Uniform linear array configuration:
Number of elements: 24
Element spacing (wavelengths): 0.5
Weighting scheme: binomial
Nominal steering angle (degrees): -15
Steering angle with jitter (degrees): -13.585
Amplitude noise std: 0.05
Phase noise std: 0.05

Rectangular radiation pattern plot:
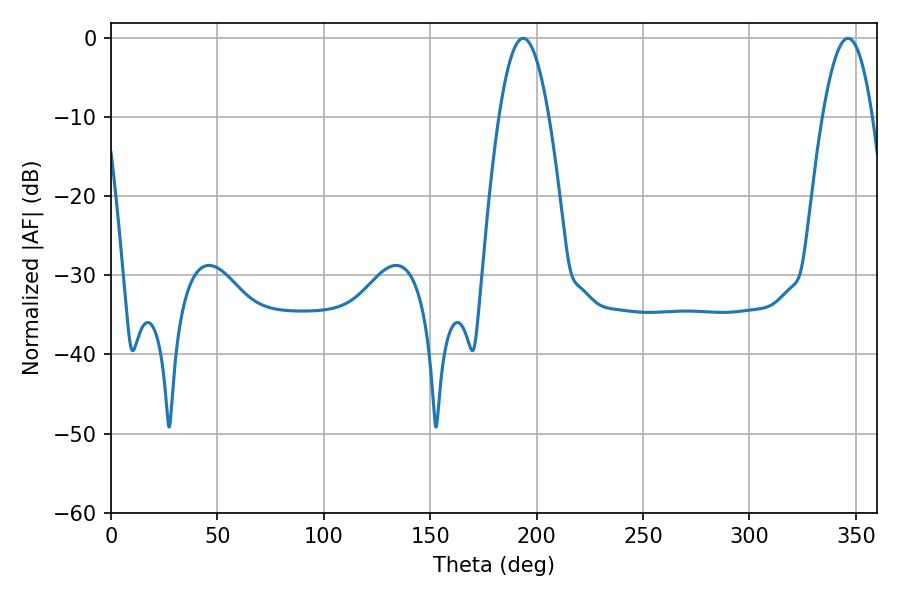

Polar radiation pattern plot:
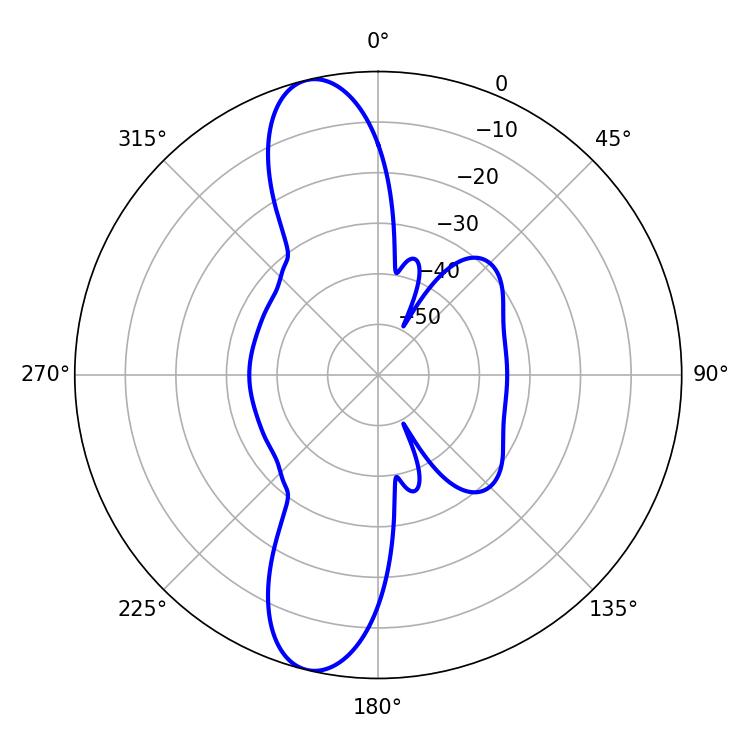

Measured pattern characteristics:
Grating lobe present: FALSE
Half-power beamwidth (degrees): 12.78
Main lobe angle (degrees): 193.68